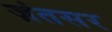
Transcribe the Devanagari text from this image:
ज़ंतसर